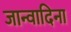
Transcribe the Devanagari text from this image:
जान्वादिना